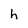
Character: h